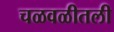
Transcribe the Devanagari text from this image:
चळवळीतली